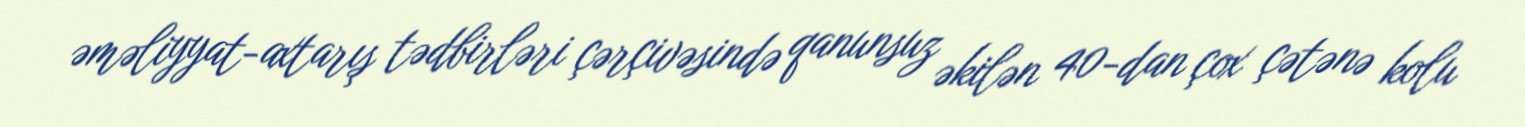
əməliyyat-axtarış tədbirləri çərçivəsində qanunsuz əkilən 40-dan çox çətənə kolu